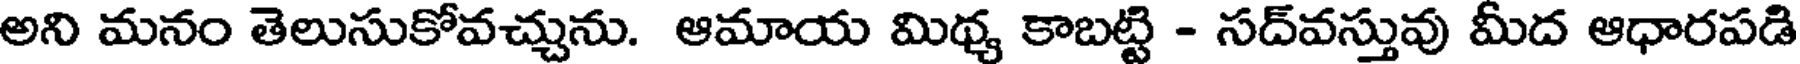
అని మనం తెలుసుకోవచ్చును. ఆమాయ మిథ్య కాబట్టి - సద్వస్తువు మీద ఆధారపడి